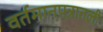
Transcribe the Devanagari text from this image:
वर्तमानपत्रातली